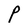
Character: P